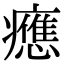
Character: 𤻮